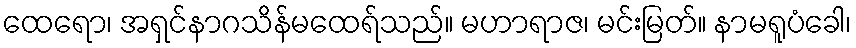
ထေရော၊ အရှင်နာဂသိန်မထေရ်သည်။ မဟာရာဇ၊ မင်းမြတ်။ နာမရူပံခေါ၊